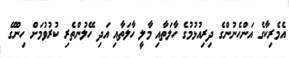
އެމެރިކާގެ އަންހެނުންގެ ދިރިއުޅުމުގެ ހާލަތާއި މާލީ ހާލަތާއި އަދި ހޭލުންތެރި ކުރުވުމަށް ހިންގޭ